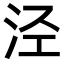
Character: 泾